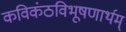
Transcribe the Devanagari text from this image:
कविकंठविभूषणार्थम्